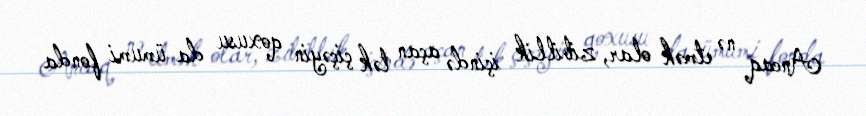
Ancaq nə etmək olar, zibillik içində açan tək çiçəyin qoxusu da ümumi fonda